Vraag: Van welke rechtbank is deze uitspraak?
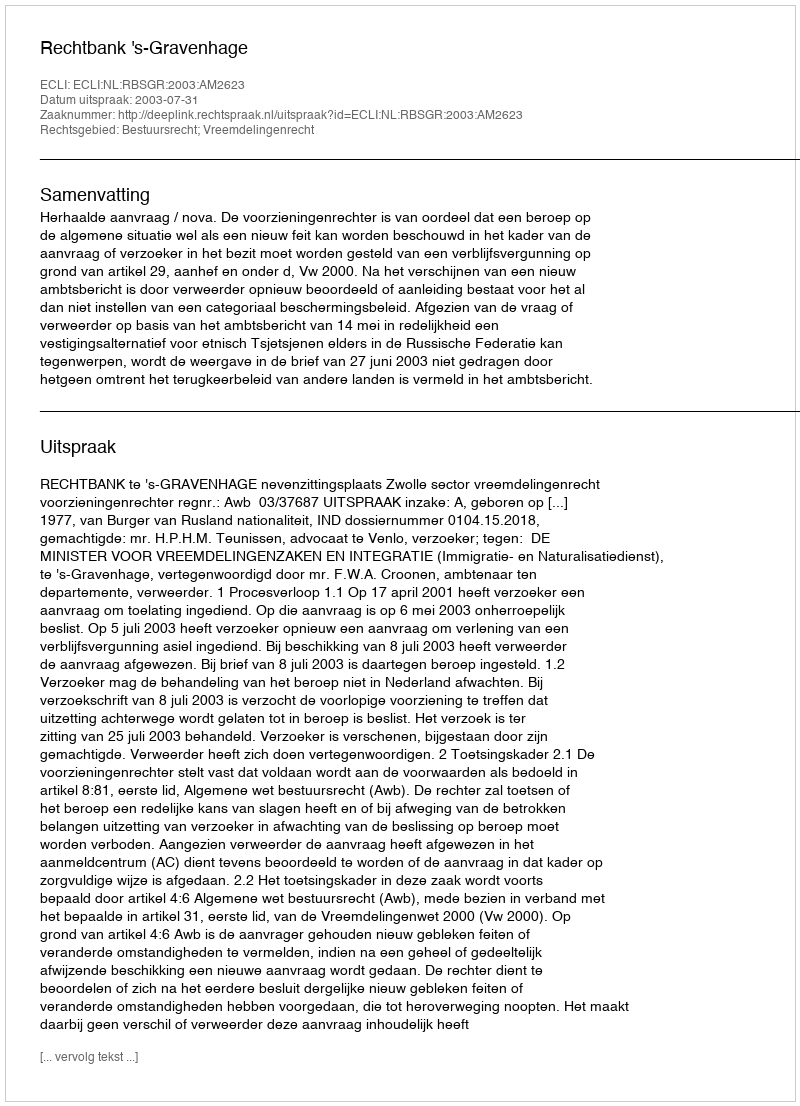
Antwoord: Rechtbank 's-Gravenhage